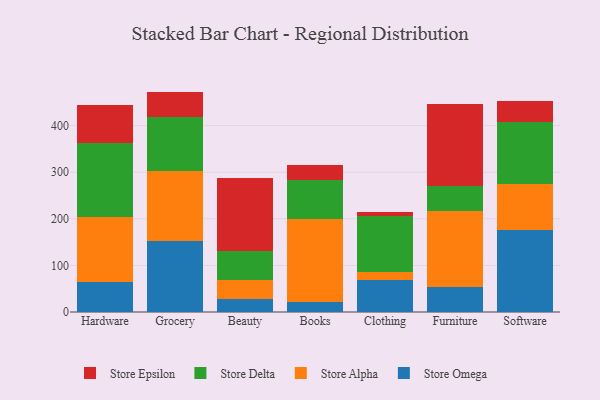
{"axis": {"x": "Category", "y": "Inventory Turnover"}, "legend": ["Store Alpha", "Store Delta", "Store Epsilon", "Store Omega"], "data": [{"x": "Hardware", "y": 64.8, "type": "Store Omega"}, {"x": "Hardware", "y": 139.3, "type": "Store Alpha"}, {"x": "Hardware", "y": 157.7, "type": "Store Delta"}, {"x": "Hardware", "y": 83.4, "type": "Store Epsilon"}, {"x": "Grocery", "y": 153.4, "type": "Store Omega"}, {"x": "Grocery", "y": 149.4, "type": "Store Alpha"}, {"x": "Grocery", "y": 115.8, "type": "Store Delta"}, {"x": "Grocery", "y": 54.4, "type": "Store Epsilon"}, {"x": "Beauty", "y": 28.0, "type": "Store Omega"}, {"x": "Beauty", "y": 41.0, "type": "Store Alpha"}, {"x": "Beauty", "y": 61.6, "type": "Store Delta"}, {"x": "Beauty", "y": 157.9, "type": "Store Epsilon"}, {"x": "Books", "y": 20.8, "type": "Store Omega"}, {"x": "Books", "y": 178.4, "type": "Store Alpha"}, {"x": "Books", "y": 84.6, "type": "Store Delta"}, {"x": "Books", "y": 32.2, "type": "Store Epsilon"}, {"x": "Clothing", "y": 68.5, "type": "Store Omega"}, {"x": "Clothing", "y": 16.7, "type": "Store Alpha"}, {"x": "Clothing", "y": 120.7, "type": "Store Delta"}, {"x": "Clothing", "y": 8.5, "type": "Store Epsilon"}, {"x": "Furniture", "y": 54.3, "type": "Store Omega"}, {"x": "Furniture", "y": 162.9, "type": "Store Alpha"}, {"x": "Furniture", "y": 53.1, "type": "Store Delta"}, {"x": "Furniture", "y": 175.4, "type": "Store Epsilon"}, {"x": "Software", "y": 175.2, "type": "Store Omega"}, {"x": "Software", "y": 99.8, "type": "Store Alpha"}, {"x": "Software", "y": 132.4, "type": "Store Delta"}, {"x": "Software", "y": 45.5, "type": "Store Epsilon"}]}